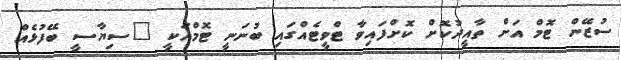
ސުޒޭން ޓޮމް އަށް ތާއީދުކޮށް ކޮށްފައިވާ ޓްވީޓެއްގައި ބުނަނީ ޓޮމްއަކީ "ސިޔާސީ ބޭފުޅެއް